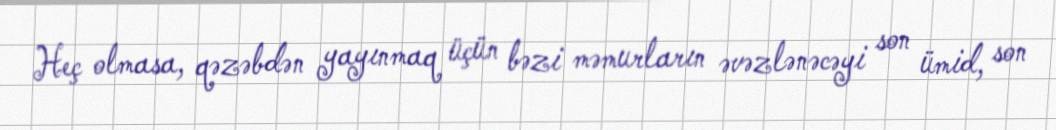
Heç olmasa, qəzəbdən yayınmaq üçün bəzi məmurların əvəzlənəcəyi son ümid, son